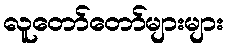
လူတော်တော်များများ